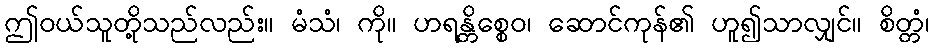
ဤဝယ်သူတို့သည်လည်း။ မံသံ၊ ကို။ ဟရန္တိစ္စေဝ၊ ဆောင်ကုန်၏ ဟူ၍သာလျှင်။ စိတ္တံ၊